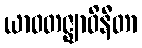
ယာဝတဇ္ဈာဝိနီတာ